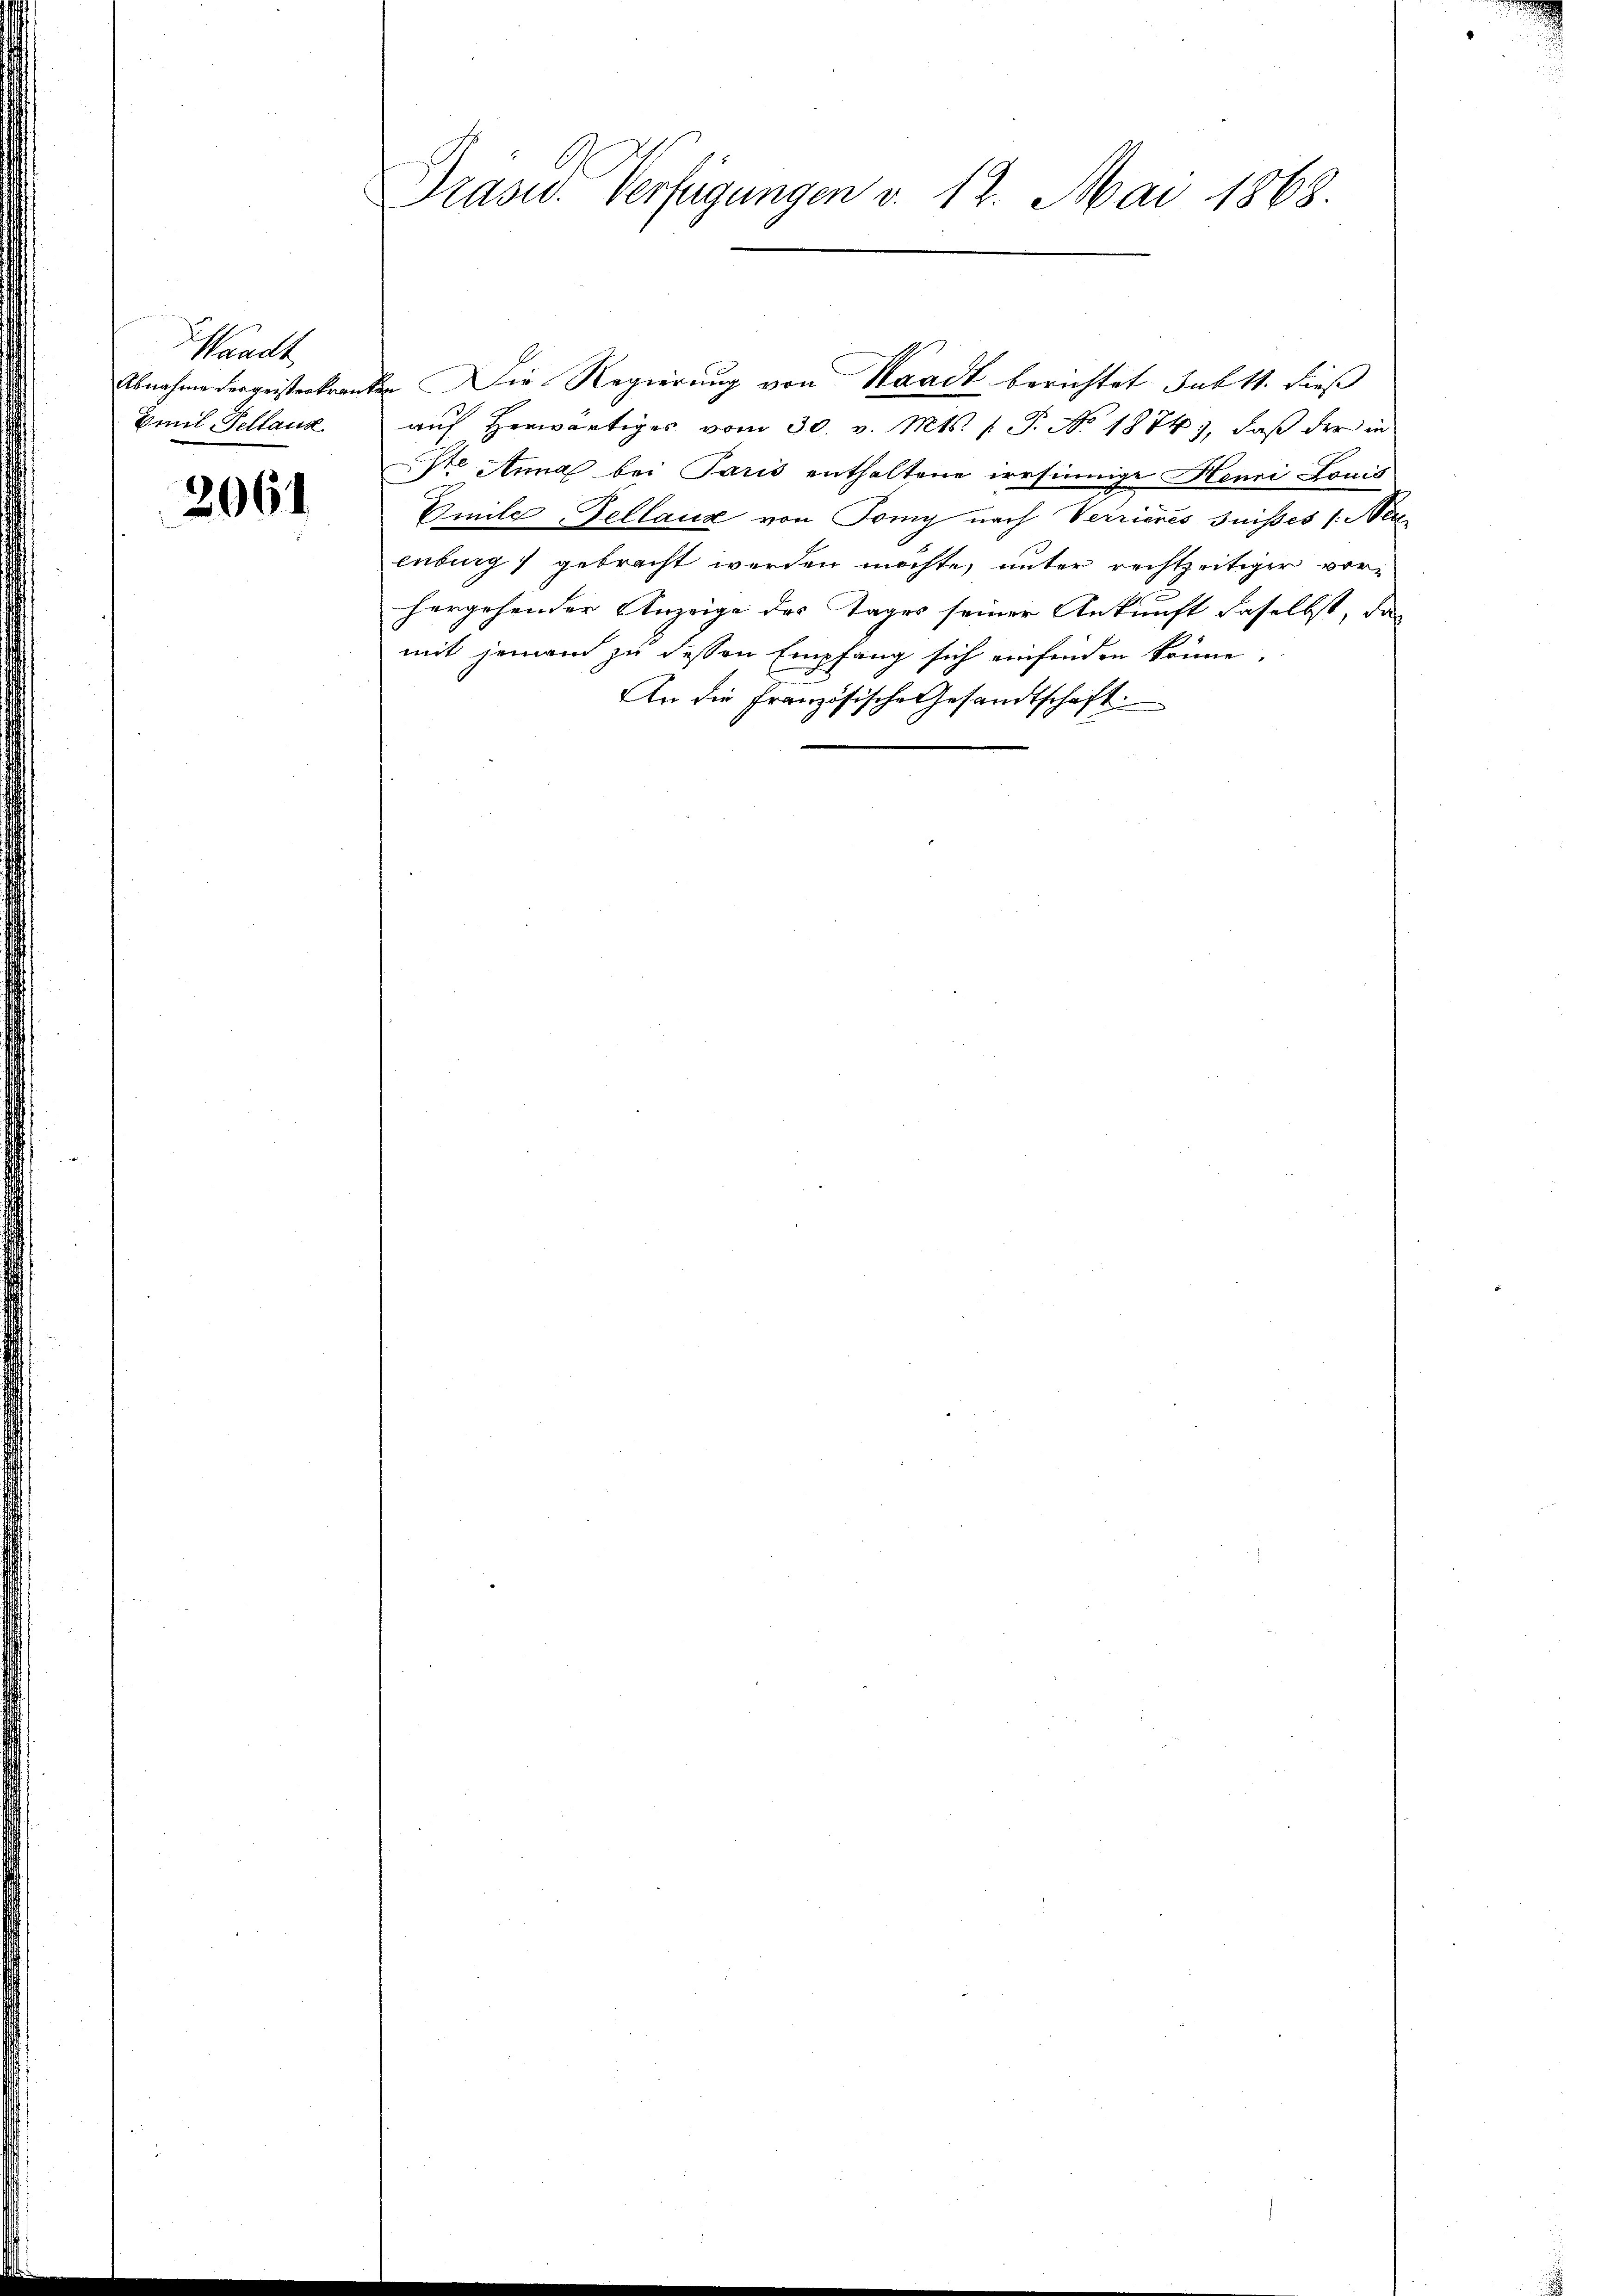
Waadt
Emil Selland

2064

Präsid. Verfügungen v. 12. Mai 1868.

Abnahme dergeisterkranken Die Regierung von Waadt berichtet Inbtt. dieß
auf Herwärtiges vom 30. v. Mts. (T. No 1874), daß der in
dre Anna bei Paris enthaltene irrsinnige Hanni-Lonis
Emile-Tellanz von Tomy nach Verrieres Suisses /: Ne
enburg) gebracht werden möchte, unter rechtzeitiger vorhergehender Anzeige des Tages seiner Ankunft daselbst, da
mit jemann zu dessen Empfang sich einfinden könne.
An die Französische Gesandtschaft